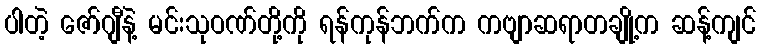
ပါတဲ့ ဇော်ဂျီနဲ့ မင်းသုဝဏ်တို့ကို ရန်ကုန်ဘက်က ကဗျာဆရာတချို့က ဆန့်ကျင်